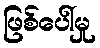
ဖြစ်ပေါ်မှု